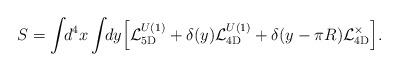
\begin{align*}S = \int\!\!d^4x \int\!\!dy \Bigl[ {\cal L}_{\rm 5D}^{U(1)} + \delta(y) {\cal L}_{\rm 4D}^{U(1)} + \delta(y-\pi R) {\cal L}_{\rm 4D}^{\times} \Bigr].\end{align*}